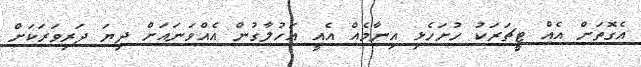
އެގޮތަށް އެއް ޓީޗަރަކު ހުށަހެޅި އިނާމެއް އެއީ އަހުލާގުން އެއްވަނައަށް ދިޔަ ދަރިވަރަކަށް